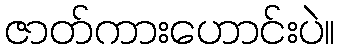
ဇာတ်ကားဟောင်းပဲ။